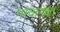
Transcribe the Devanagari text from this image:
गावापेक्षा